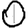
Digit: 0